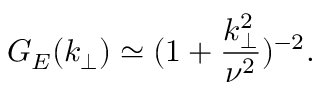
G _ { E } ( k _ { \perp } ) \simeq ( 1 + \frac { k _ { \perp } ^ { 2 } } { \nu ^ { 2 } } ) ^ { - 2 } .